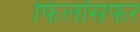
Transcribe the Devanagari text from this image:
फिलॉसफर